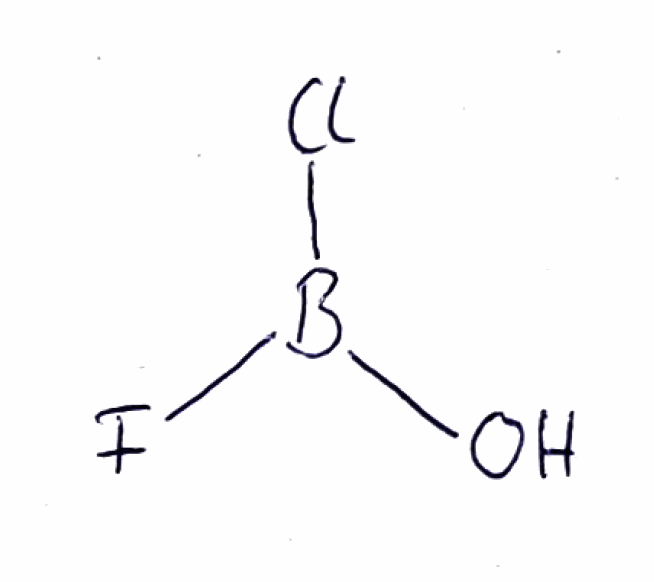
Simplified molecular-input line-entry system (SMILES) notation of the given molecule:
B(O)(F)Cl